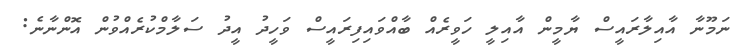
ނަމޫނާ އާއިލާރައީސް ޔާމީން އާއިލީ ހަވީރެއް ބާއްވައިފިރައީސް ވަހީދު އީދު ސަލާމްކުރެއްވުން އޮންނާނެ: